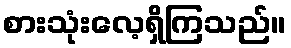
စားသုံးလေ့ရှိကြသည်။